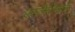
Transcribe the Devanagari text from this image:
एस्तेतिको